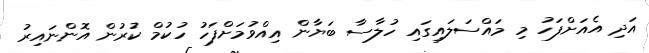
އަދި އެއަށްފަހު މި މައްސަލައިގައި ހުލާސާ ބަޔާން އިއްވުމަށްފަހު ހުކުމް ކުރުން އޮންނައިރު